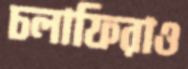
চলাফিরাও